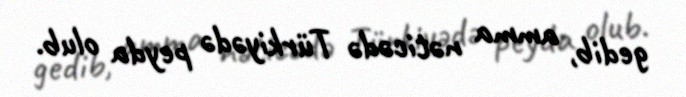
gedib, amma nəticədə Türkiyədə peyda olub.